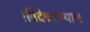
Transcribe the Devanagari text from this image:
।विदेश्वरस्थान